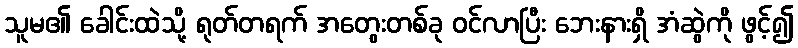
သူမ၏ ခေါင်းထဲသို့ ရုတ်တရက် အတွေးတစ်ခု ဝင်လာပြီး ဘေးနားရှိ အံဆွဲကို ဖွင့်၍